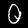
Label: 0